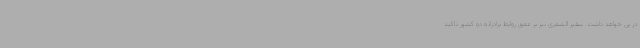
در پی خواهد داشت. سفیر الشمری نیز بر عمق روابط برادرانه دو کشور تاکید